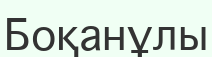
Боқанұлы